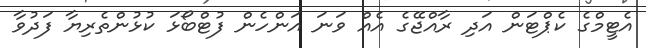
އެޓީމްގެ ކެޕްޓަން އަދި ރާއްޖޭގެ އެއް ވަނަ އަންހެން ފުޓްބޯޅަ ކުޅުންތެރިޔާ ފަދުވާ